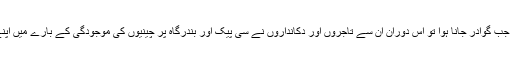
لکھاری کا حال ہی میں جب گوادر جانا ہوا تو اس دوران ان سے تاجروں اور دکانداروں نے سی پیک اور بندرگاہ پر چینیوں کی موجودگی کے بارے میں اپنے خیالات کا اظہار کیا۔